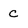
Character: C